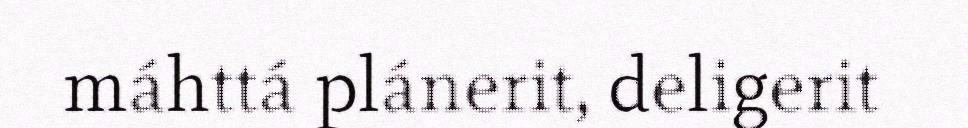
máhttá plánerit, deligerit